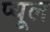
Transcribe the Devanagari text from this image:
प्यूल